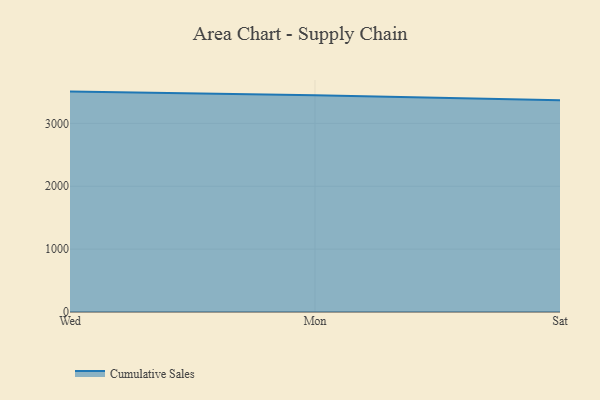
{"axis": {"x": "Day", "y": "Website Visitors"}, "legend": ["Cumulative Sales"], "data": [{"x": "Wed", "y": 3506.0, "type": "Cumulative Sales"}, {"x": "Mon", "y": 3446.5, "type": "Cumulative Sales"}, {"x": "Sat", "y": 3366.8, "type": "Cumulative Sales"}]}